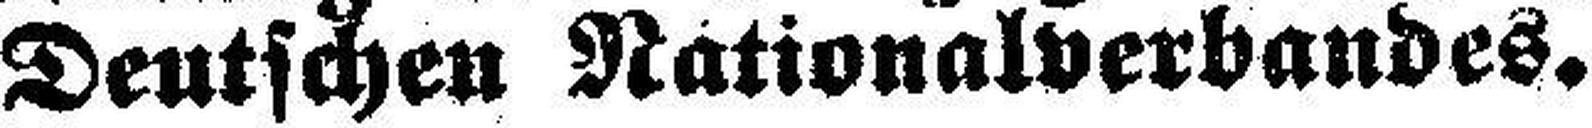
Deutschen Nationalverbandes.